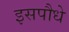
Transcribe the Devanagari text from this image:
इसपौधे